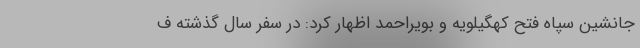
جانشین سپاه فتح کهگیلویه و بویراحمد اظهار کرد: در سفر سال گذشته ف